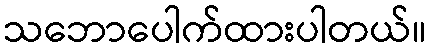
သဘောပေါက်ထားပါတယ်။